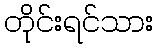
တိုင်းရင်သား